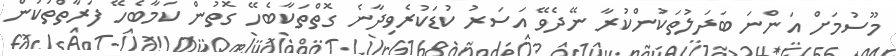
މޫސުމަށް އަންނަ ބަދަލުތަކުންކުރާ ނޭދެވޭ އަސަރު ކުޑަކުރެވިދާނެ ގޮތްތަކާބެހޭ ގޮތުން ކަމާބެހޭ ފަރާތްތަކުން